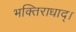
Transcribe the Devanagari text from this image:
भक्तिराधाद्।